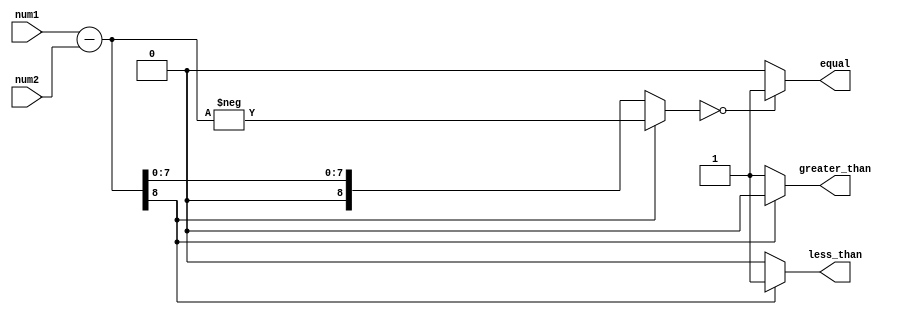
module arith_inequality_comparator (
    input wire [7:0] num1,
    input wire [7:0] num2,
    output wire greater_than,
    output wire less_than,
    output wire equal
);

reg [8:0] diff;
wire [8:0] abs_diff;

assign diff = num1 - num2;
assign abs_diff = (diff[8]) ? -diff : diff;

assign greater_than = (diff[8] == 1) ? 1'b0 : 1'b1;
assign less_than = (diff[8] == 0) ? 1'b0 : 1'b1;
assign equal = (abs_diff == 0) ? 1'b1 : 1'b0;

endmodule